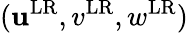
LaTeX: (\mathbf{u}^{\mathrm{{LR}}},v^{\mathrm{{LR}}},w^{\mathrm{{LR}}})